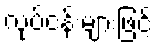
လုပ်ငန်းများဖြင့်